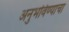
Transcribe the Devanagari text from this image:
अनुभविण्याचा